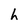
Character: h